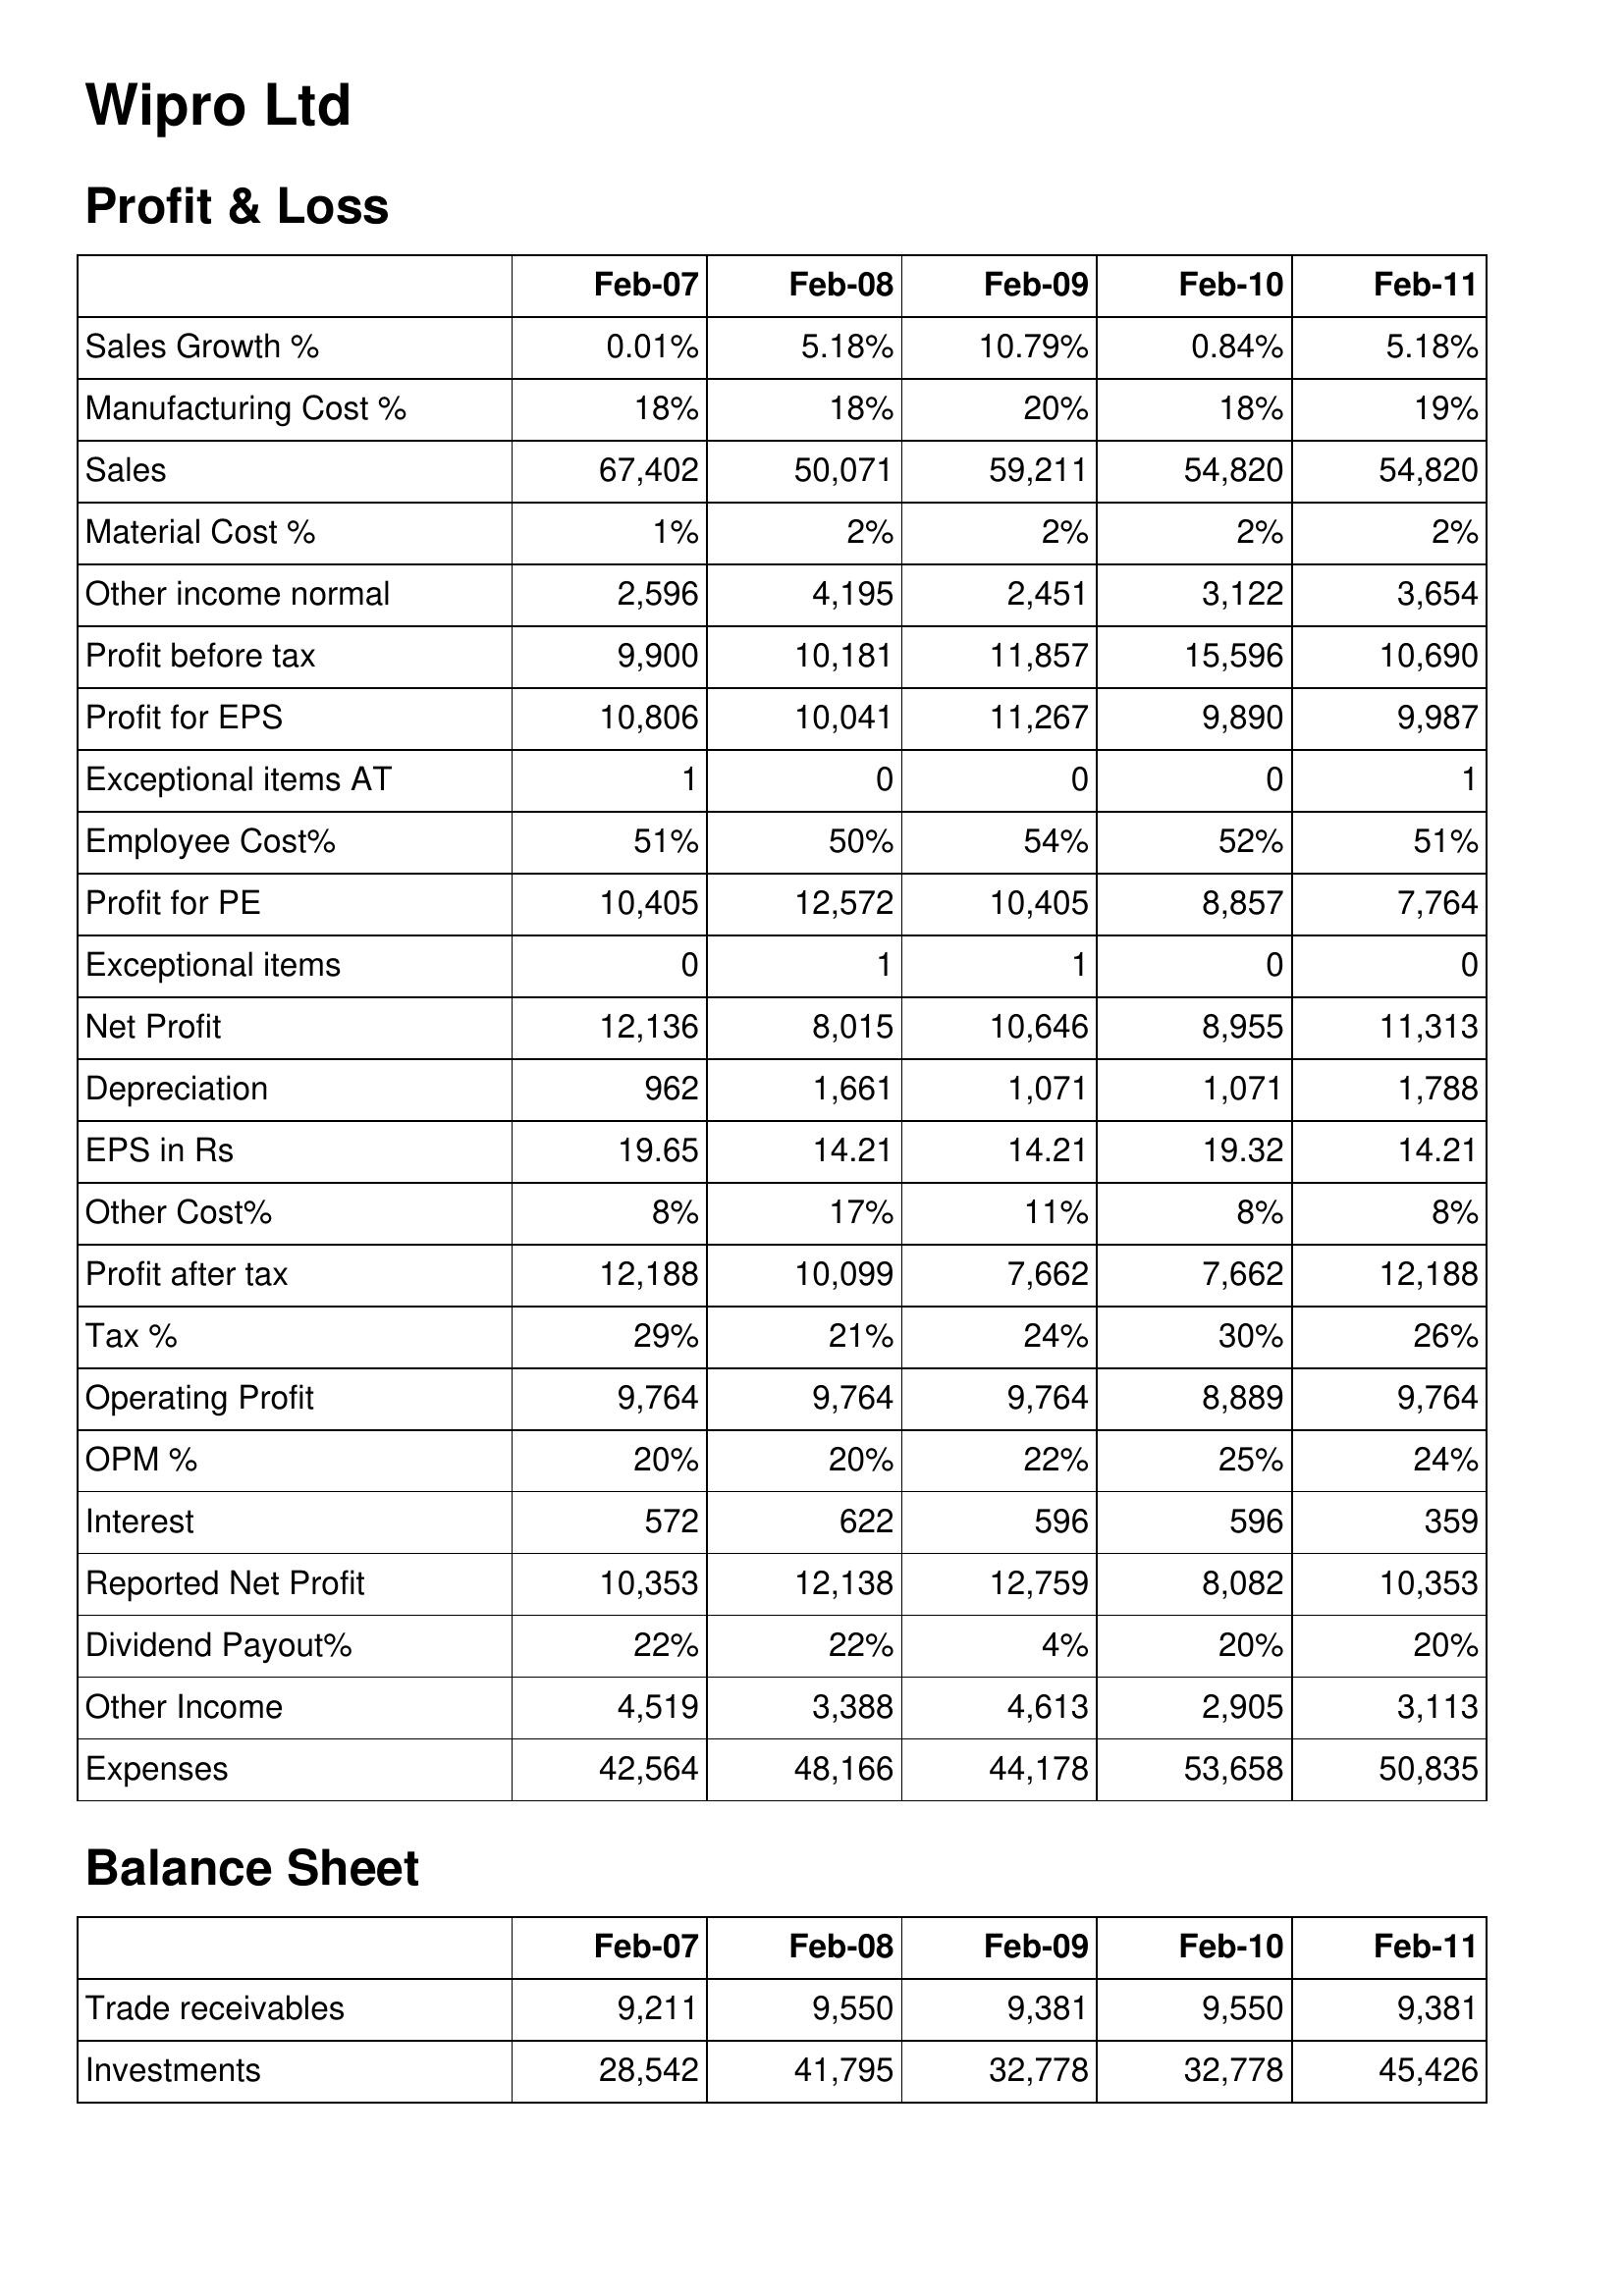
Feb-07: Profit & Loss: Sales Growth %: 0.01%
Manufacturing Cost %: 18%
Sales: 67,402
Material Cost %: 1%
Other income normal: 2,596
Profit before tax: 9,900
Profit for EPS: 10,806
Exceptional items AT: 1
Employee Cost%: 51%
Profit for PE: 10,405
Exceptional items: 0
Net Profit: 12,136
Depreciation: 962
EPS in Rs: 19.65
Other Cost%: 8%
Profit after tax: 12,188
Tax %: 29%
Operating Profit: 9,764
OPM %: 20%
Interest: 572
Reported Net Profit: 10,353
Dividend Payout%: 22%
Other Income: 4,519
Expenses: 42,564
Balance Sheet: Trade receivables: 9,211
Investments: 28,542
Feb-08: Profit & Loss: Sales Growth %: 5.18%
Manufacturing Cost %: 18%
Sales: 50,071
Material Cost %: 2%
Other income normal: 4,195
Profit before tax: 10,181
Profit for EPS: 10,041
Exceptional items AT: 0
Employee Cost%: 50%
Profit for PE: 12,572
Exceptional items: 1
Net Profit: 8,015
Depreciation: 1,661
EPS in Rs: 14.21
Other Cost%: 17%
Profit after tax: 10,099
Tax %: 21%
Operating Profit: 9,764
OPM %: 20%
Interest: 622
Reported Net Profit: 12,138
Dividend Payout%: 22%
Other Income: 3,388
Expenses: 48,166
Balance Sheet: Trade receivables: 9,550
Investments: 41,795
Feb-09: Profit & Loss: Sales Growth %: 10.79%
Manufacturing Cost %: 20%
Sales: 59,211
Material Cost %: 2%
Other income normal: 2,451
Profit before tax: 11,857
Profit for EPS: 11,267
Exceptional items AT: 0
Employee Cost%: 54%
Profit for PE: 10,405
Exceptional items: 1
Net Profit: 10,646
Depreciation: 1,071
EPS in Rs: 14.21
Other Cost%: 11%
Profit after tax: 7,662
Tax %: 24%
Operating Profit: 9,764
OPM %: 22%
Interest: 596
Reported Net Profit: 12,759
Dividend Payout%: 4%
Other Income: 4,613
Expenses: 44,178
Balance Sheet: Trade receivables: 9,381
Investments: 32,778
Feb-10: Profit & Loss: Sales Growth %: 0.84%
Manufacturing Cost %: 18%
Sales: 54,820
Material Cost %: 2%
Other income normal: 3,122
Profit before tax: 15,596
Profit for EPS: 9,890
Exceptional items AT: 0
Employee Cost%: 52%
Profit for PE: 8,857
Exceptional items: 0
Net Profit: 8,955
Depreciation: 1,071
EPS in Rs: 19.32
Other Cost%: 8%
Profit after tax: 7,662
Tax %: 30%
Operating Profit: 8,889
OPM %: 25%
Interest: 596
Reported Net Profit: 8,082
Dividend Payout%: 20%
Other Income: 2,905
Expenses: 53,658
Balance Sheet: Trade receivables: 9,550
Investments: 32,778
Feb-11: Profit & Loss: Sales Growth %: 5.18%
Manufacturing Cost %: 19%
Sales: 54,820
Material Cost %: 2%
Other income normal: 3,654
Profit before tax: 10,690
Profit for EPS: 9,987
Exceptional items AT: 1
Employee Cost%: 51%
Profit for PE: 7,764
Exceptional items: 0
Net Profit: 11,313
Depreciation: 1,788
EPS in Rs: 14.21
Other Cost%: 8%
Profit after tax: 12,188
Tax %: 26%
Operating Profit: 9,764
OPM %: 24%
Interest: 359
Reported Net Profit: 10,353
Dividend Payout%: 20%
Other Income: 3,113
Expenses: 50,835
Balance Sheet: Trade receivables: 9,381
Investments: 45,426